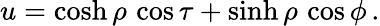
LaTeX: u=\cosh\rho\, \cos\tau+\sinh\rho\, \cos\phi\, .